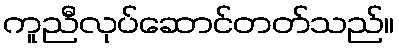
ကူညီလုပ်ဆောင်တတ်သည်။